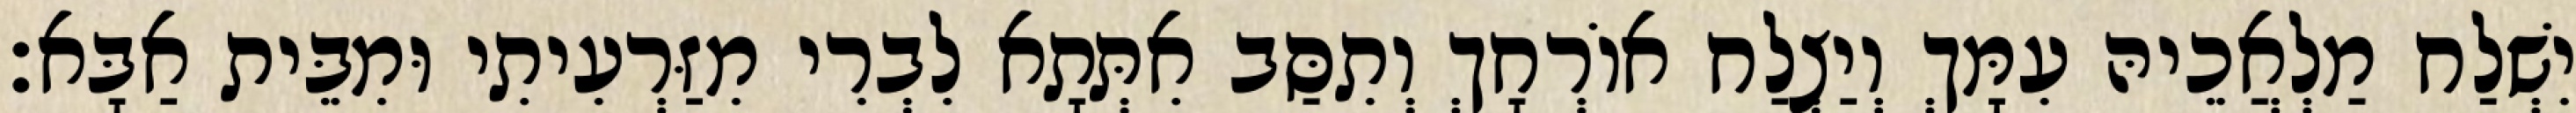
יִשְׁלַח מַלְאֲכֵיהּ עִמָּךְ וְיַצְלַח אוֹרְחָךְ וְתִסַּב אִתְּתָא לִבְרִי מִזַּרְעִיתִי וּמִבֵּית אַבָּא׃